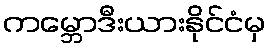
ကမ္ဘောဒီးယားနိုင်ငံမှ